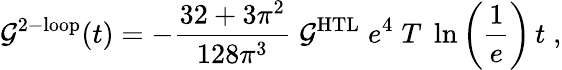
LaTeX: \mathcal{G}^{\mathrm{2-loop}}(t)=-\frac{32+3\pi^{2}}{128\pi^{3}}\; \mathcal{G}^{\mathrm{HTL}}\; e^{4}\; T\; \ln\left(\frac{1}{e}\right)\, t\; ,